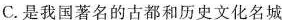
C. 是我国著名的古都和历史文化名城